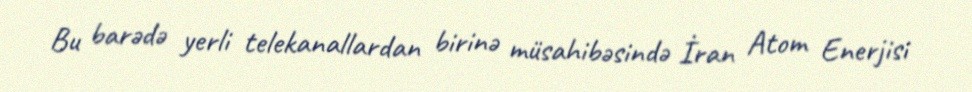
Bu barədə yerli telekanallardan birinə müsahibəsində İran Atom Enerjisi